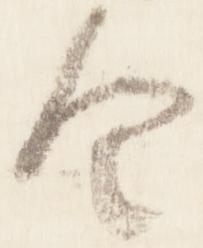
令